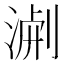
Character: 𭱐